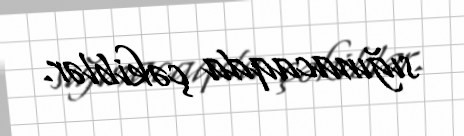
sığınacaqda çəkiblər.